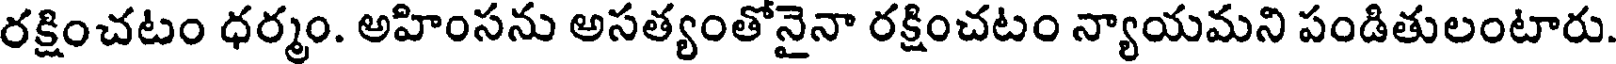
రక్షించటం ధర్మం. అహింసను అసత్యంతోనైనా రక్షించటం న్యాయమని పండితులంటారు.